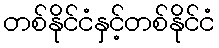
တစ်နိုင်ငံနှင့်တစ်နိုင်ငံ